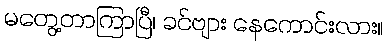
မတွေ့တာကြာပြီ၊ ခင်ဗျား နေကောင်းလား။